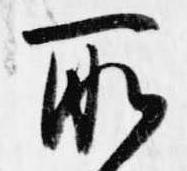
所